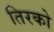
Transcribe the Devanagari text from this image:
तिरको